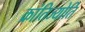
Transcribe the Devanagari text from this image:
क्रांतिज्योति